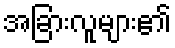
အခြားလူများ၏